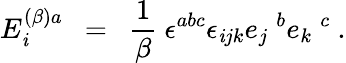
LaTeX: E_{\mathit{i}}^{(\beta)a}~~=~~\frac{{1}}{{\beta}}~\epsilon^{abc}\epsilon_{\mathit{i}jk}e_{j}~^{b}e_{k}~^{c}~.